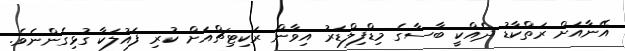
އޭނާއަށް ރަތްކާޑު ދެއްކީ ބާސާގެ މިޑްފިލްޑަރު އިވާން ރަކިޓިޗްއަށް ކުރި ފައުލަކާ ގުޅިގެންނެވެ.